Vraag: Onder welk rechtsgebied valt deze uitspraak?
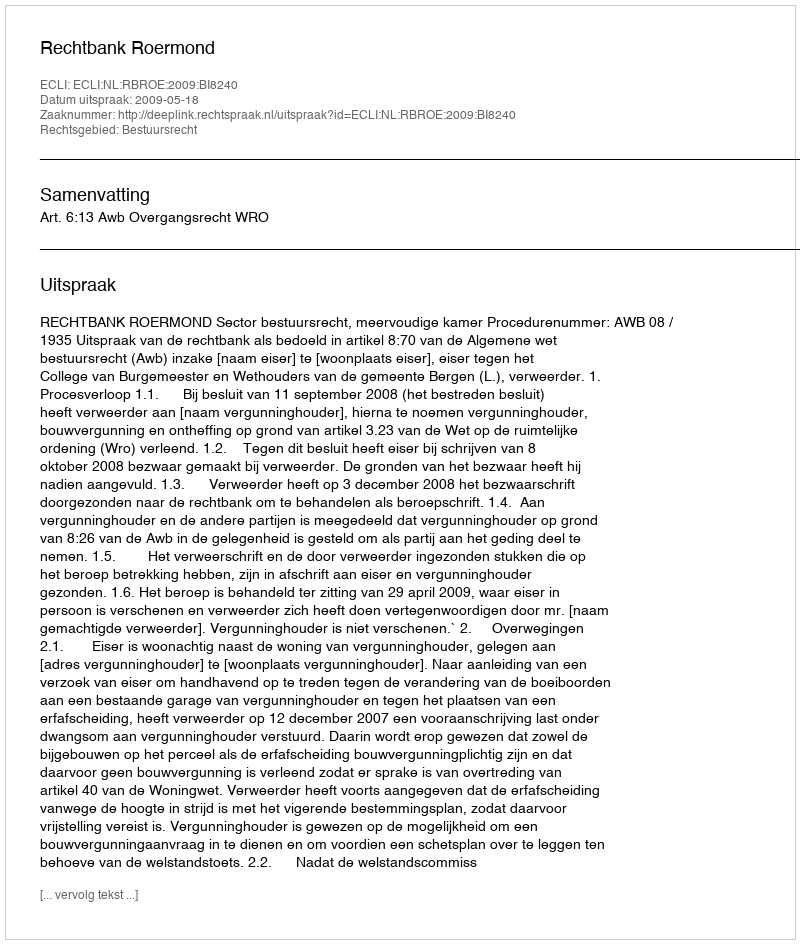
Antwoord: Bestuursrecht